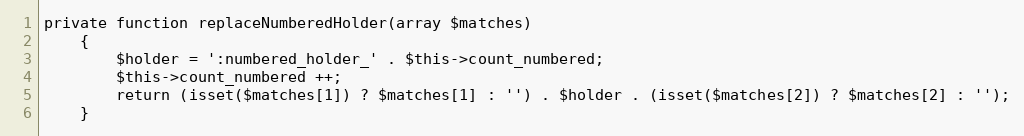
Language: PHP
private function replaceNumberedHolder(array $matches)
    {
        $holder = ':numbered_holder_' . $this->count_numbered;
        $this->count_numbered ++;
        return (isset($matches[1]) ? $matches[1] : '') . $holder . (isset($matches[2]) ? $matches[2] : '');
    }